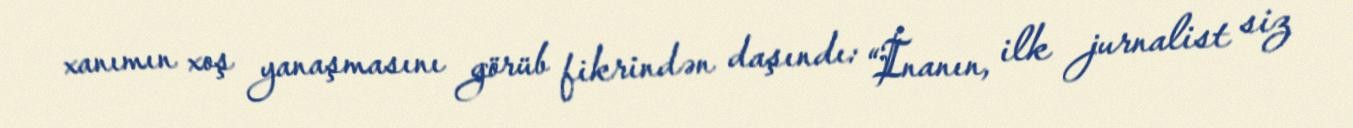
xanımın xoş yanaşmasını görüb fikrindən daşındı: “İnanın, ilk jurnalist siz